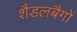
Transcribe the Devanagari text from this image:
शैडलबैगों